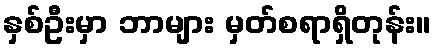
နှစ်ဦးမှာ ဘာများ မှတ်စရာရှိတုန်း။